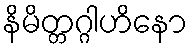
နိမိတ္တဂ္ဂါဟိနော